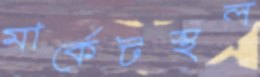
মার্কেটস্থল